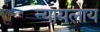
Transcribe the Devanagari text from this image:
न्यायलाय